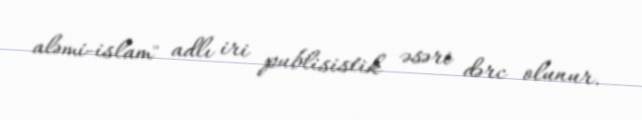
aləmi-islam" adlı iri publisistik əsəri dərc olunur.